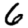
Digit: 6